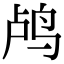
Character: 鸬